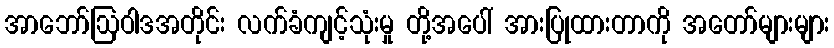
အာဘော်ဩဝါဒအတိုင်း လက်ခံကျင့်သုံးမှု တို့အပေါ် အားပြုထားတာကို အတော်များများ